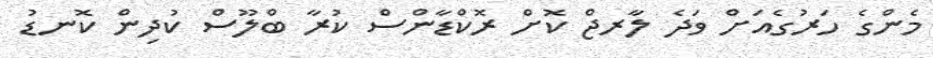
މެންގެ ހަރުގެއަށް ވަދެ ލާރޖް ކޮށް ރޮކްޑާންސް ކުރާ ބްލޫސް ކުދިން ކޮނޑު